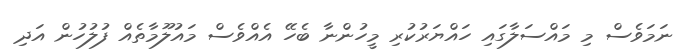
ނަމަވެސް މި މައްސަލާގައި ހައްޔަރުކުރި މީހުންނާ ބެހޭ އެއްވެސް މައުލޫމާތެއް ފުލުހުން އަދި